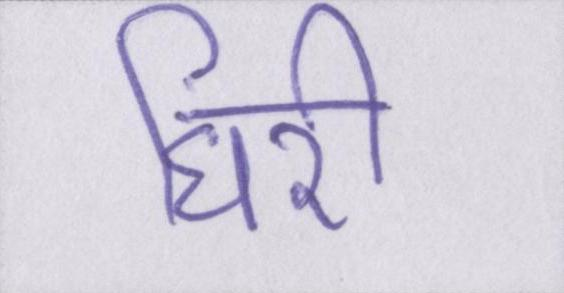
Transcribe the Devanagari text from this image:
घिरी